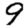
Digit: 9